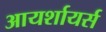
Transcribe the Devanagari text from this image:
आयर्शायर्स